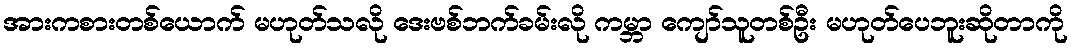
အားကစားတစ်ယောက် မဟုတ်သလို ဒေးဗစ်ဘက်ခမ်းလို ကမ္ဘာ ကျော်သူတစ်ဦး မဟုတ်ပေဘူးဆိုတာကို